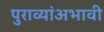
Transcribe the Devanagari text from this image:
पुराव्यांअभावी